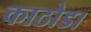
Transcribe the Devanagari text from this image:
काठोडा